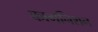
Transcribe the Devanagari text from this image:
कागनिशन